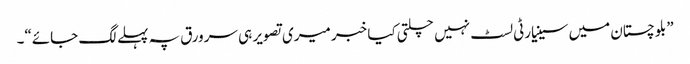
”بلوچستان میں سینیارٹی لسٹ نہیں چلتی کیا خبر میری تصویر ہی سرورق پہ پہلے لگ جائے“۔